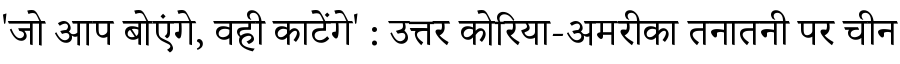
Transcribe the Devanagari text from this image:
'जो आप बोएंगे, वही काटेंगे' : उत्तर कोरिया-अमरीका तनातनी पर चीन